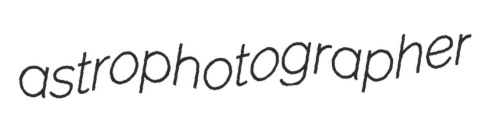
astrophotographer